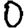
Digit: 0